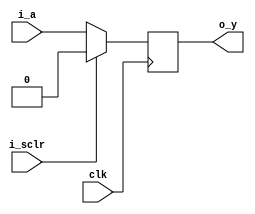
`ifndef _bflopr
`define _bflopr

module bflopr (
  input wire clk, i_sclr,
  input wire i_a,
  output reg o_y
);
  always @(posedge clk) begin
    if (i_sclr) begin
      o_y <= 1'b0;
    end else begin
      o_y <= i_a;
    end
  end

endmodule

`endif